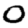
Digit: 0